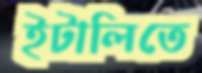
ইটালিতে